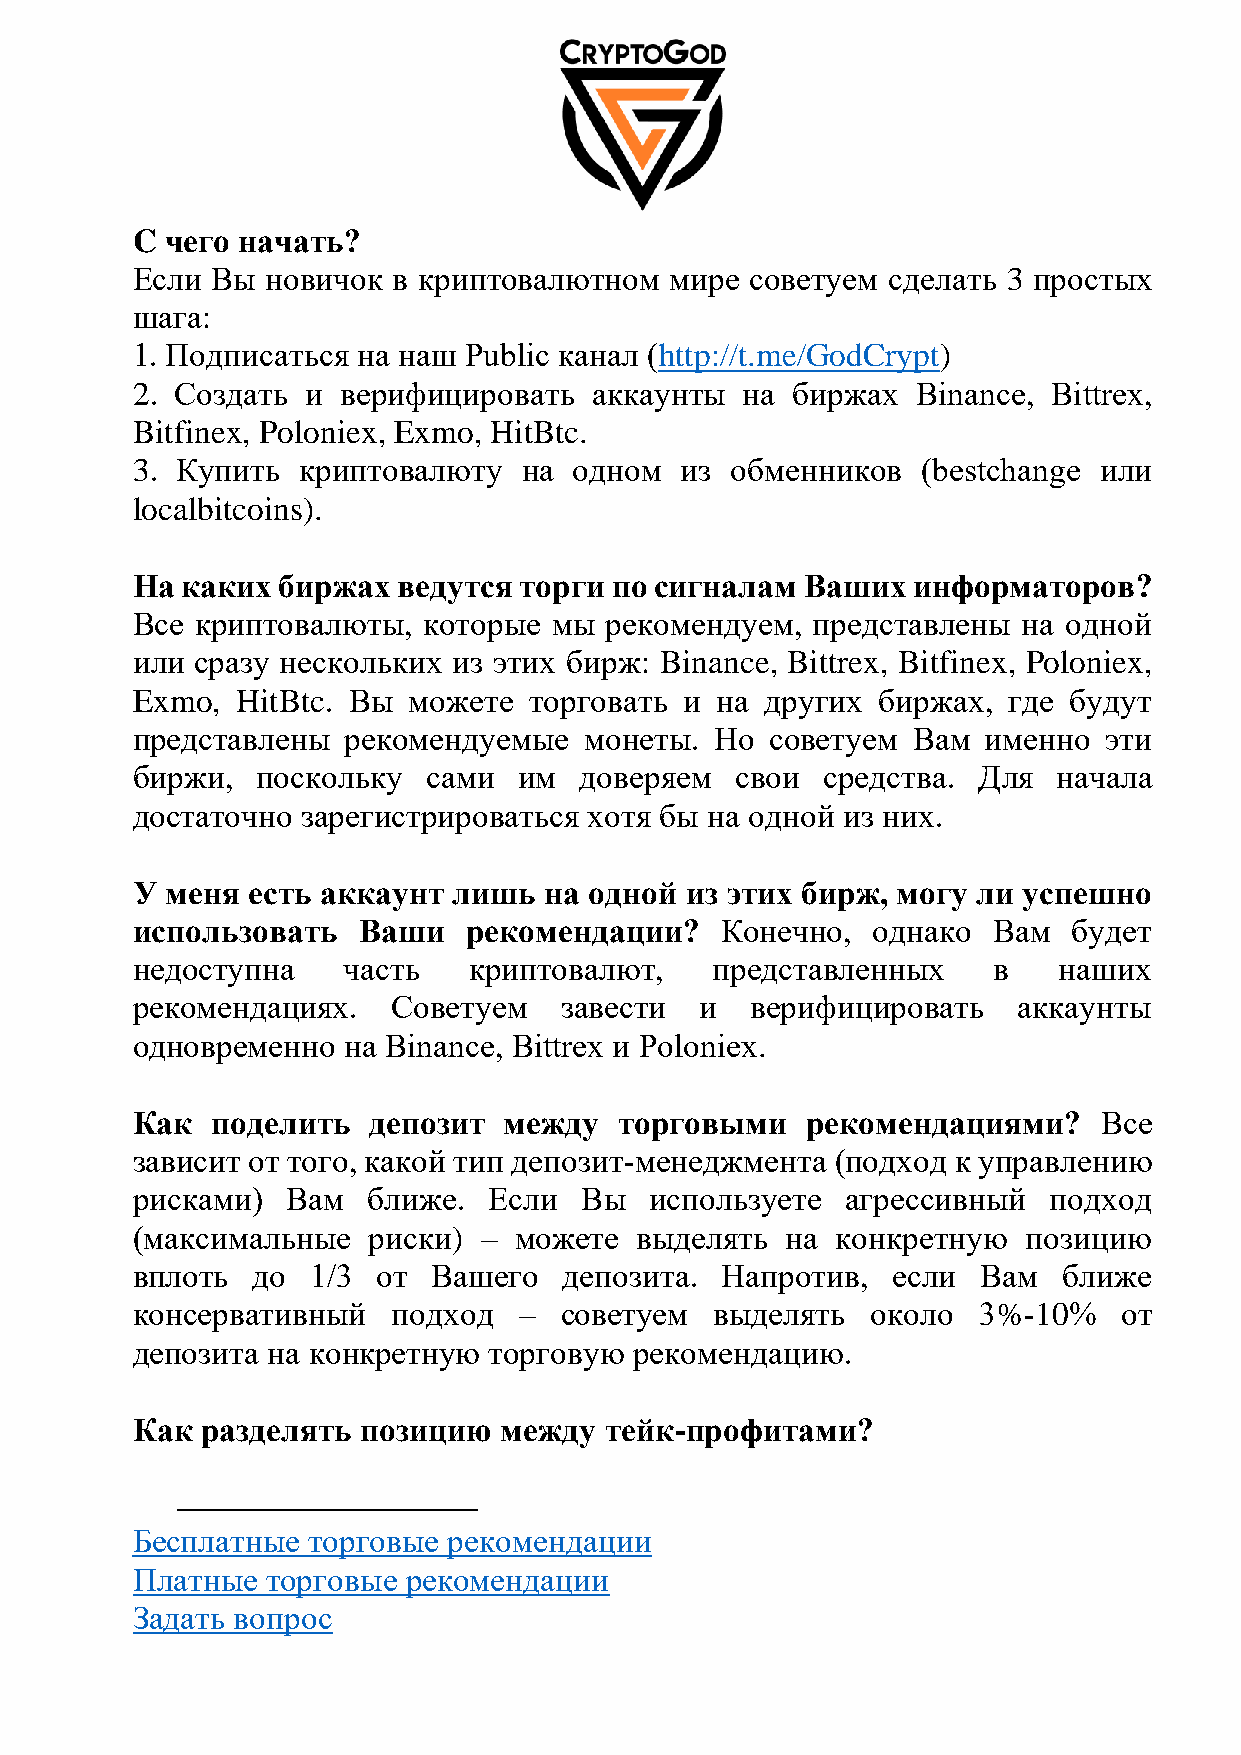
C чего начать?
 Если Вы  новичок в криптовалютном  мире  советуем сделать 3 простых
 шага:
 1. Подписаться на наш Public канал (http://t.me/GodCrypt)
 2. Создать и  верифицировать  аккаунты  на биржах   Binance, Bittrex,
 Bitfinex, Poloniex, Exmo, HitBtc.
 3. Купить  криптовалюту   на одном  из обменников   (bestchange или
 localbitcoins).
 На каких биржах  ведутся торги по сигналам  Ваших  информаторов?
 Все криптовалюты,  которые  мы рекомендуем,  представлены  на одной
 или сразу нескольких из этих бирж: Binance, Bittrex, Bitfinex, Poloniex,
 Exmo,  HitBtc. Вы можете  торговать и на  других биржах,  где будут
 представлены  рекомендуемые   монеты. Но  советуем Вам  именно  эти
 биржи,  поскольку  сами  им  доверяем   свои  средства. Для  начала
 достаточно зарегистрироваться хотя бы на одной из них.
 У меня есть аккаунт  лишь  на одной из этих бирж, могу  ли успешно
 использовать   Ваши   рекомендации?    Конечно,  однако  Вам  будет
 недоступна    часть   криптовалют,    представленных     в   наших
 рекомендациях.   Советуем   завести  и   верифицировать   аккаунты
 одновременно  на Binance, Bittrex и Poloniex.
 Как  поделить  депозит  между   торговыми   рекомендациями?     Все
 зависит от того, какой тип депозит-менеджмента (подход к управлению
 рисками)  Вам  ближе.  Если  Вы   используете  агрессивный  подход
 (максимальные  риски)  – можете  выделять  на конкретную   позицию
 вплоть  до  1/3 от  Вашего  депозита.  Напротив,  если  Вам  ближе
 консервативный   подход  –  советуем  выделять   около  3%-10%   от
 депозита на конкретную торговую  рекомендацию.1
 Как разделять  позицию  между  тейк-профитами?
 Бесплатные торговые  рекомендации
 Платные  торговые рекомендации
 Задать вопрос